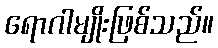
ရောဂါမျိုးဖြစ်သည်။